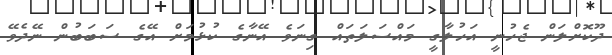
ދޫކޮށްލަން ޖެހުނީ އަހުލާގީ މައްސަލަތައް ގިނަވެ އޭނާގެ ކުޅުމަށް އޭގެ ސަބަބުން ނޭދެވޭ